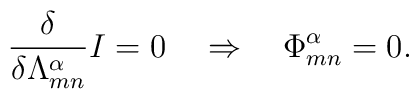
\frac{\delta}{\delta \Lambda^{\alpha}_{mn}} I = 0\quad \Rightarrow \quad {\Phi}^{\alpha}_{mn} = 0.